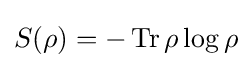
S(\rho )=-\operatorname {Tr} \rho \log \rho